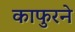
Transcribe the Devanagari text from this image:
काफुरने